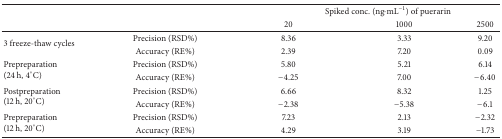
<table><thead><tr><td rowspan="2" colspan="2"><b> </b></td><td colspan="3"><b> Spiked conc. (ng·mL<sup>−1</sup>) of puerarin</b></td></tr><tr><td><b>20</b></td><td><b>1000</b></td><td><b>2500</b></td></tr></thead><tbody><tr><td rowspan="2">3 freeze-thaw cycles</td><td>Precision (RSD%)</td><td>8.36</td><td>3.33</td><td>9.20</td></tr><tr><td>Accuracy (RE%)</td><td>2.39</td><td>7.20</td><td>0.09</td></tr><tr><td rowspan="2">Prepreparation(24 h, 4°C)</td><td>Precision (RSD%)</td><td>5.80</td><td>5.21</td><td>6.14</td></tr><tr><td>Accuracy (RE%)</td><td>−4.25</td><td>7.00</td><td>−6.40</td></tr><tr><td rowspan="2">Postpreparation(12 h, 20°C)</td><td>Precision (RSD%)</td><td>6.66</td><td>8.32</td><td>1.25</td></tr><tr><td>Accuracy (RE%)</td><td>−2.38</td><td>−5.38</td><td>−6.1</td></tr><tr><td rowspan="2">Prepreparation(12 h, 20°C)</td><td>Precision (RSD%)</td><td>7.23</td><td>2.13</td><td>−2.32</td></tr><tr><td>Accuracy (RE%)</td><td>4.29</td><td>3.19</td><td>−1.73</td></tr></tbody></table>